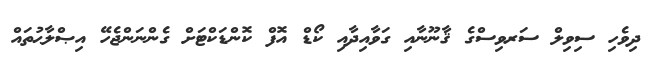
ދިވެހި ސިވިލް ސަރވިސްގެ ޤާނޫނާއި ގަވާއިދާއި ކޯޑް އޮފް ކޮންޑަކްޓަށް ގެންނަންޖެހޭ އިޞްލާޙުތައް